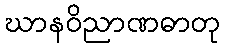
ဃာနဝိညာဏဓာတု